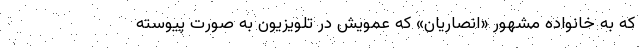
که به خانواده مشهور «انصاریان» که عمویش در تلویزیون به صورت پیوسته